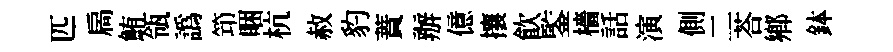
匹扄鮪瓴譌笻睏杭赦豹蕡辦億攘飮鍳檣話演側二荅鄕鉢